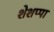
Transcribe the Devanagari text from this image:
शेशप्पा